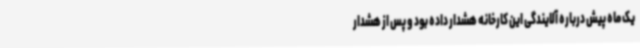
یک ماه پیش درباره آلایندگی این کارخانه هشدار داده بود و پس از هشدار